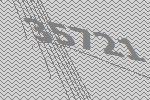
35721